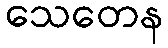
သေတေန